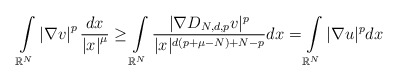
\begin{align*}\int\limits_{\mathbb{R}^{N}}\left\vert \nabla v\right\vert ^{p}\frac{dx}{\left\vert x\right\vert^{\mu}}\geq\int\limits_{\mathbb{R}^{N}}\frac{|\nabla D_{N,d,p}v|^{p}}{|x|^{d\left( p+\mu-N\right) +N-p}}dx=\int\limits_{\mathbb{R}^{N}}|\nabla u|^{p}dx\end{align*}